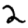
Digit: 2